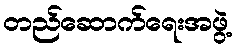
တည်ဆောက်ရေးအဖွဲ့